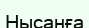
Нысанға